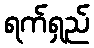
ရက်ရှည်